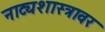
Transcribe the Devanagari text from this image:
नाट्यशास्त्रावर